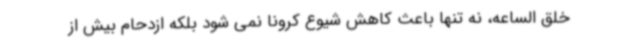
خلق الساعه، نه تنها باعث کاهش شیوع کرونا نمی شود بلکه ازدحام بیش از